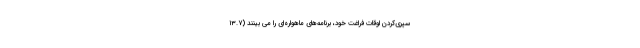
سپری‌کردن اوقات فراغت خود، برنامه‌­های ماهواره­ای را می­ بینند (۱۳.۷